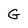
Character: G